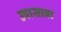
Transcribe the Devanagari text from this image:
उपासावा